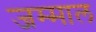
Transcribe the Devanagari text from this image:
जम्माल